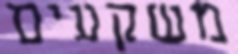
משקעים